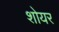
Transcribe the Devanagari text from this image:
शोयर